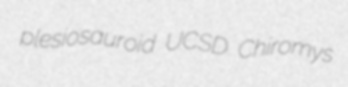
plesiosauroid UCSD Chiromys